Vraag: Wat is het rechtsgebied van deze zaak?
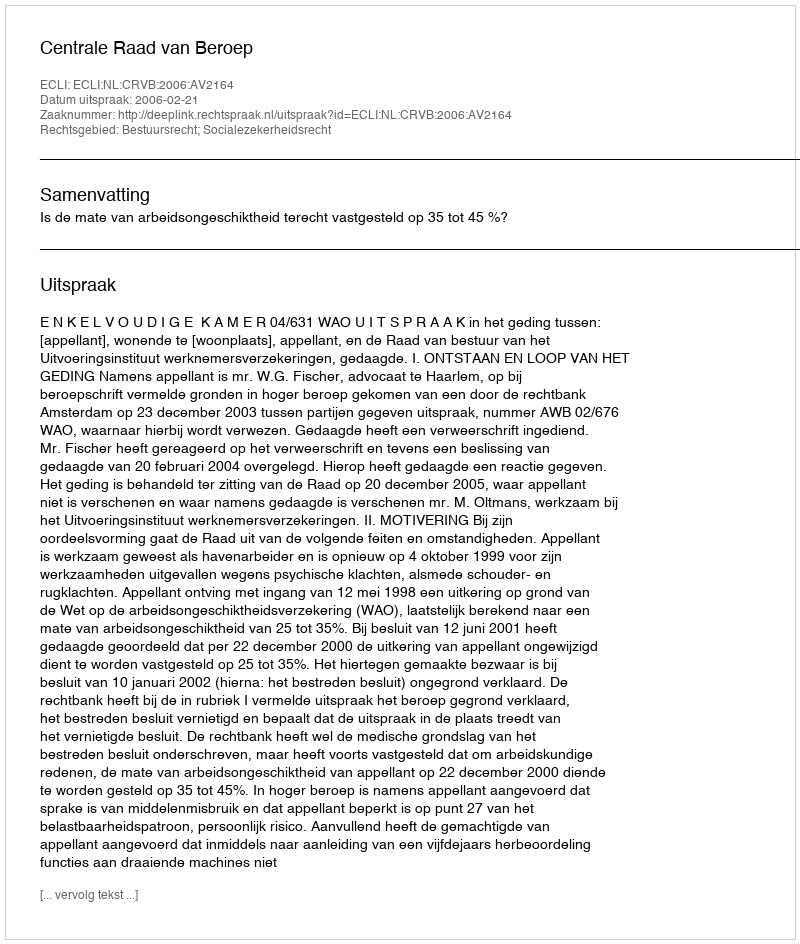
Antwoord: Bestuursrecht; Socialezekerheidsrecht